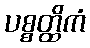
ပစ္စတ္ထိကံ